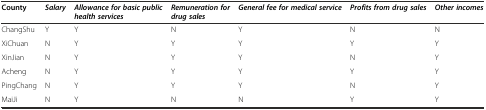
<table><thead><tr><td><b>County</b></td><td><b><i>Salary</i></b></td><td><b><i>Allowance for basic public health services</i></b></td><td><b><i>Remuneration for drug sales</i></b></td><td><b><i>General fee for medical service</i></b></td><td><b><i>Profits from drug sales</i></b></td><td><b><i>Other incomes</i></b></td></tr></thead><tbody><tr><td>ChangShu</td><td>Y</td><td>Y</td><td>N</td><td>Y</td><td>N</td><td>N</td></tr><tr><td>XiChuan</td><td>N</td><td>Y</td><td>Y</td><td>Y</td><td>Y</td><td>Y</td></tr><tr><td>XinJian</td><td>N</td><td>Y</td><td>Y</td><td>Y</td><td>N</td><td>Y</td></tr><tr><td>Acheng</td><td>N</td><td>Y</td><td>Y</td><td>Y</td><td>Y</td><td>Y</td></tr><tr><td>PingChang</td><td>N</td><td>Y</td><td>Y</td><td>Y</td><td>N</td><td>Y</td></tr><tr><td>MaiJi</td><td>N</td><td>Y</td><td>N</td><td>N</td><td>Y</td><td>Y</td></tr></tbody></table>